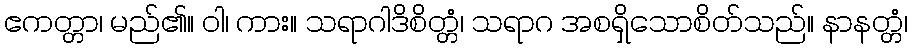
ဧကတ္တာ၊ မည်၏။ ဝါ၊ ကား။ သရာဂါဒိစိတ္တံ၊ သရာဂ အစရှိသောစိတ်သည်။ နာနတ္တံ၊